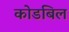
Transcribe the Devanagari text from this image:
कोडबिल